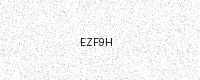
Text: EZF9H